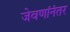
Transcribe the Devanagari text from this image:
जेवणांनंतर